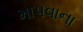
માપવાના